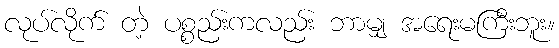
လုပ်လိုက် တဲ့ ပစ္စည်းကလည်း ဘာမျှ အရေးမကြီးဘူး။